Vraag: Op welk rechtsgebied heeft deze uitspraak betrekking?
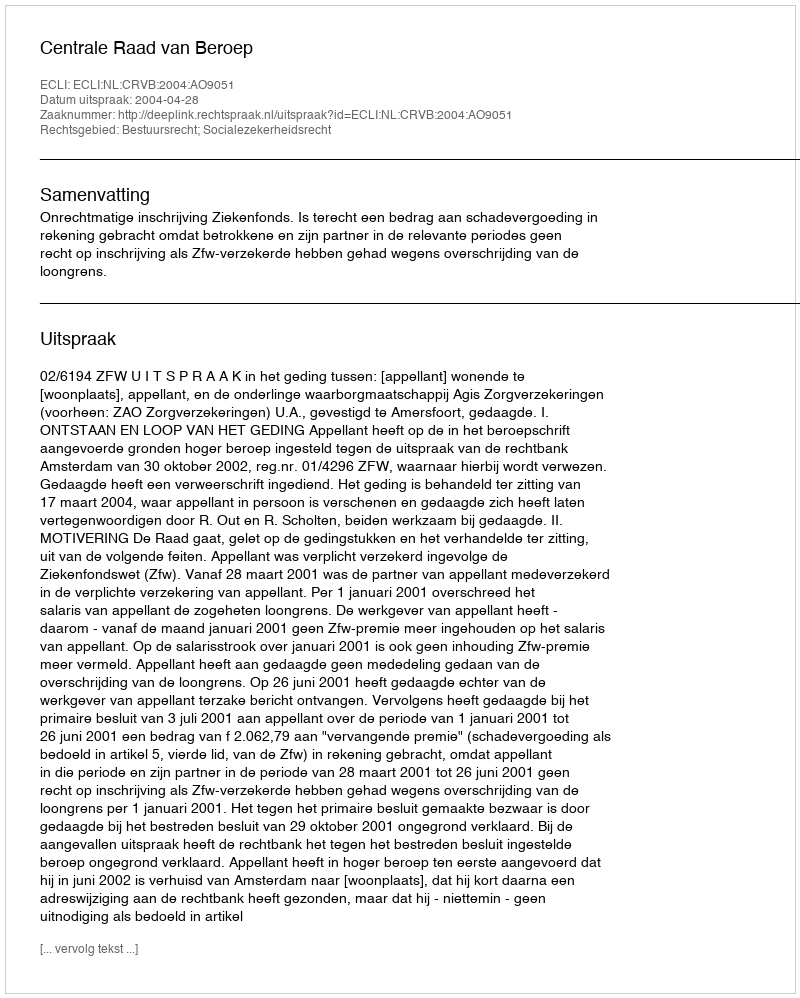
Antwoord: Bestuursrecht; Socialezekerheidsrecht